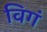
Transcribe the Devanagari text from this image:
विगं